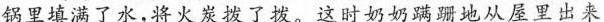
锅里填满了水，将火炭拨了拨。这时奶奶蹒跚地从屋里出来